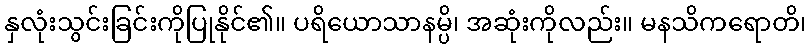
နှလုံးသွင်းခြင်းကိုပြုနိုင်၏။ ပရိယောသာနမ္ပိ၊ အဆုံးကိုလည်း။ မနသိကရောတိ၊